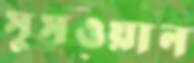
সুসওয়ান